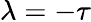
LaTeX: \lambda=-\tau